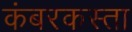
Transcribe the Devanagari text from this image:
कंबरकस्ता